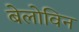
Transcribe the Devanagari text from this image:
बेलोविन